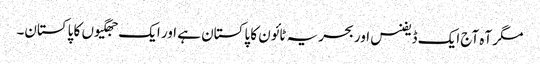
مگر آہ آج ایک ڈیفنس اور بحریہ ٹائون کا پاکستان ہے اور ایک جھگیوں کا پاکستان۔